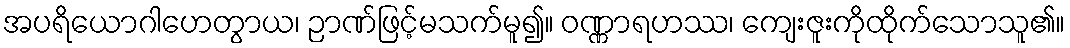
အပရိယောဂါဟေတွာယ၊ ဉာဏ်ဖြင့်မသက်မူ၍။ ဝဏ္ဏာရဟဿ၊ ကျေးဇူးကိုထိုက်သောသူ၏။